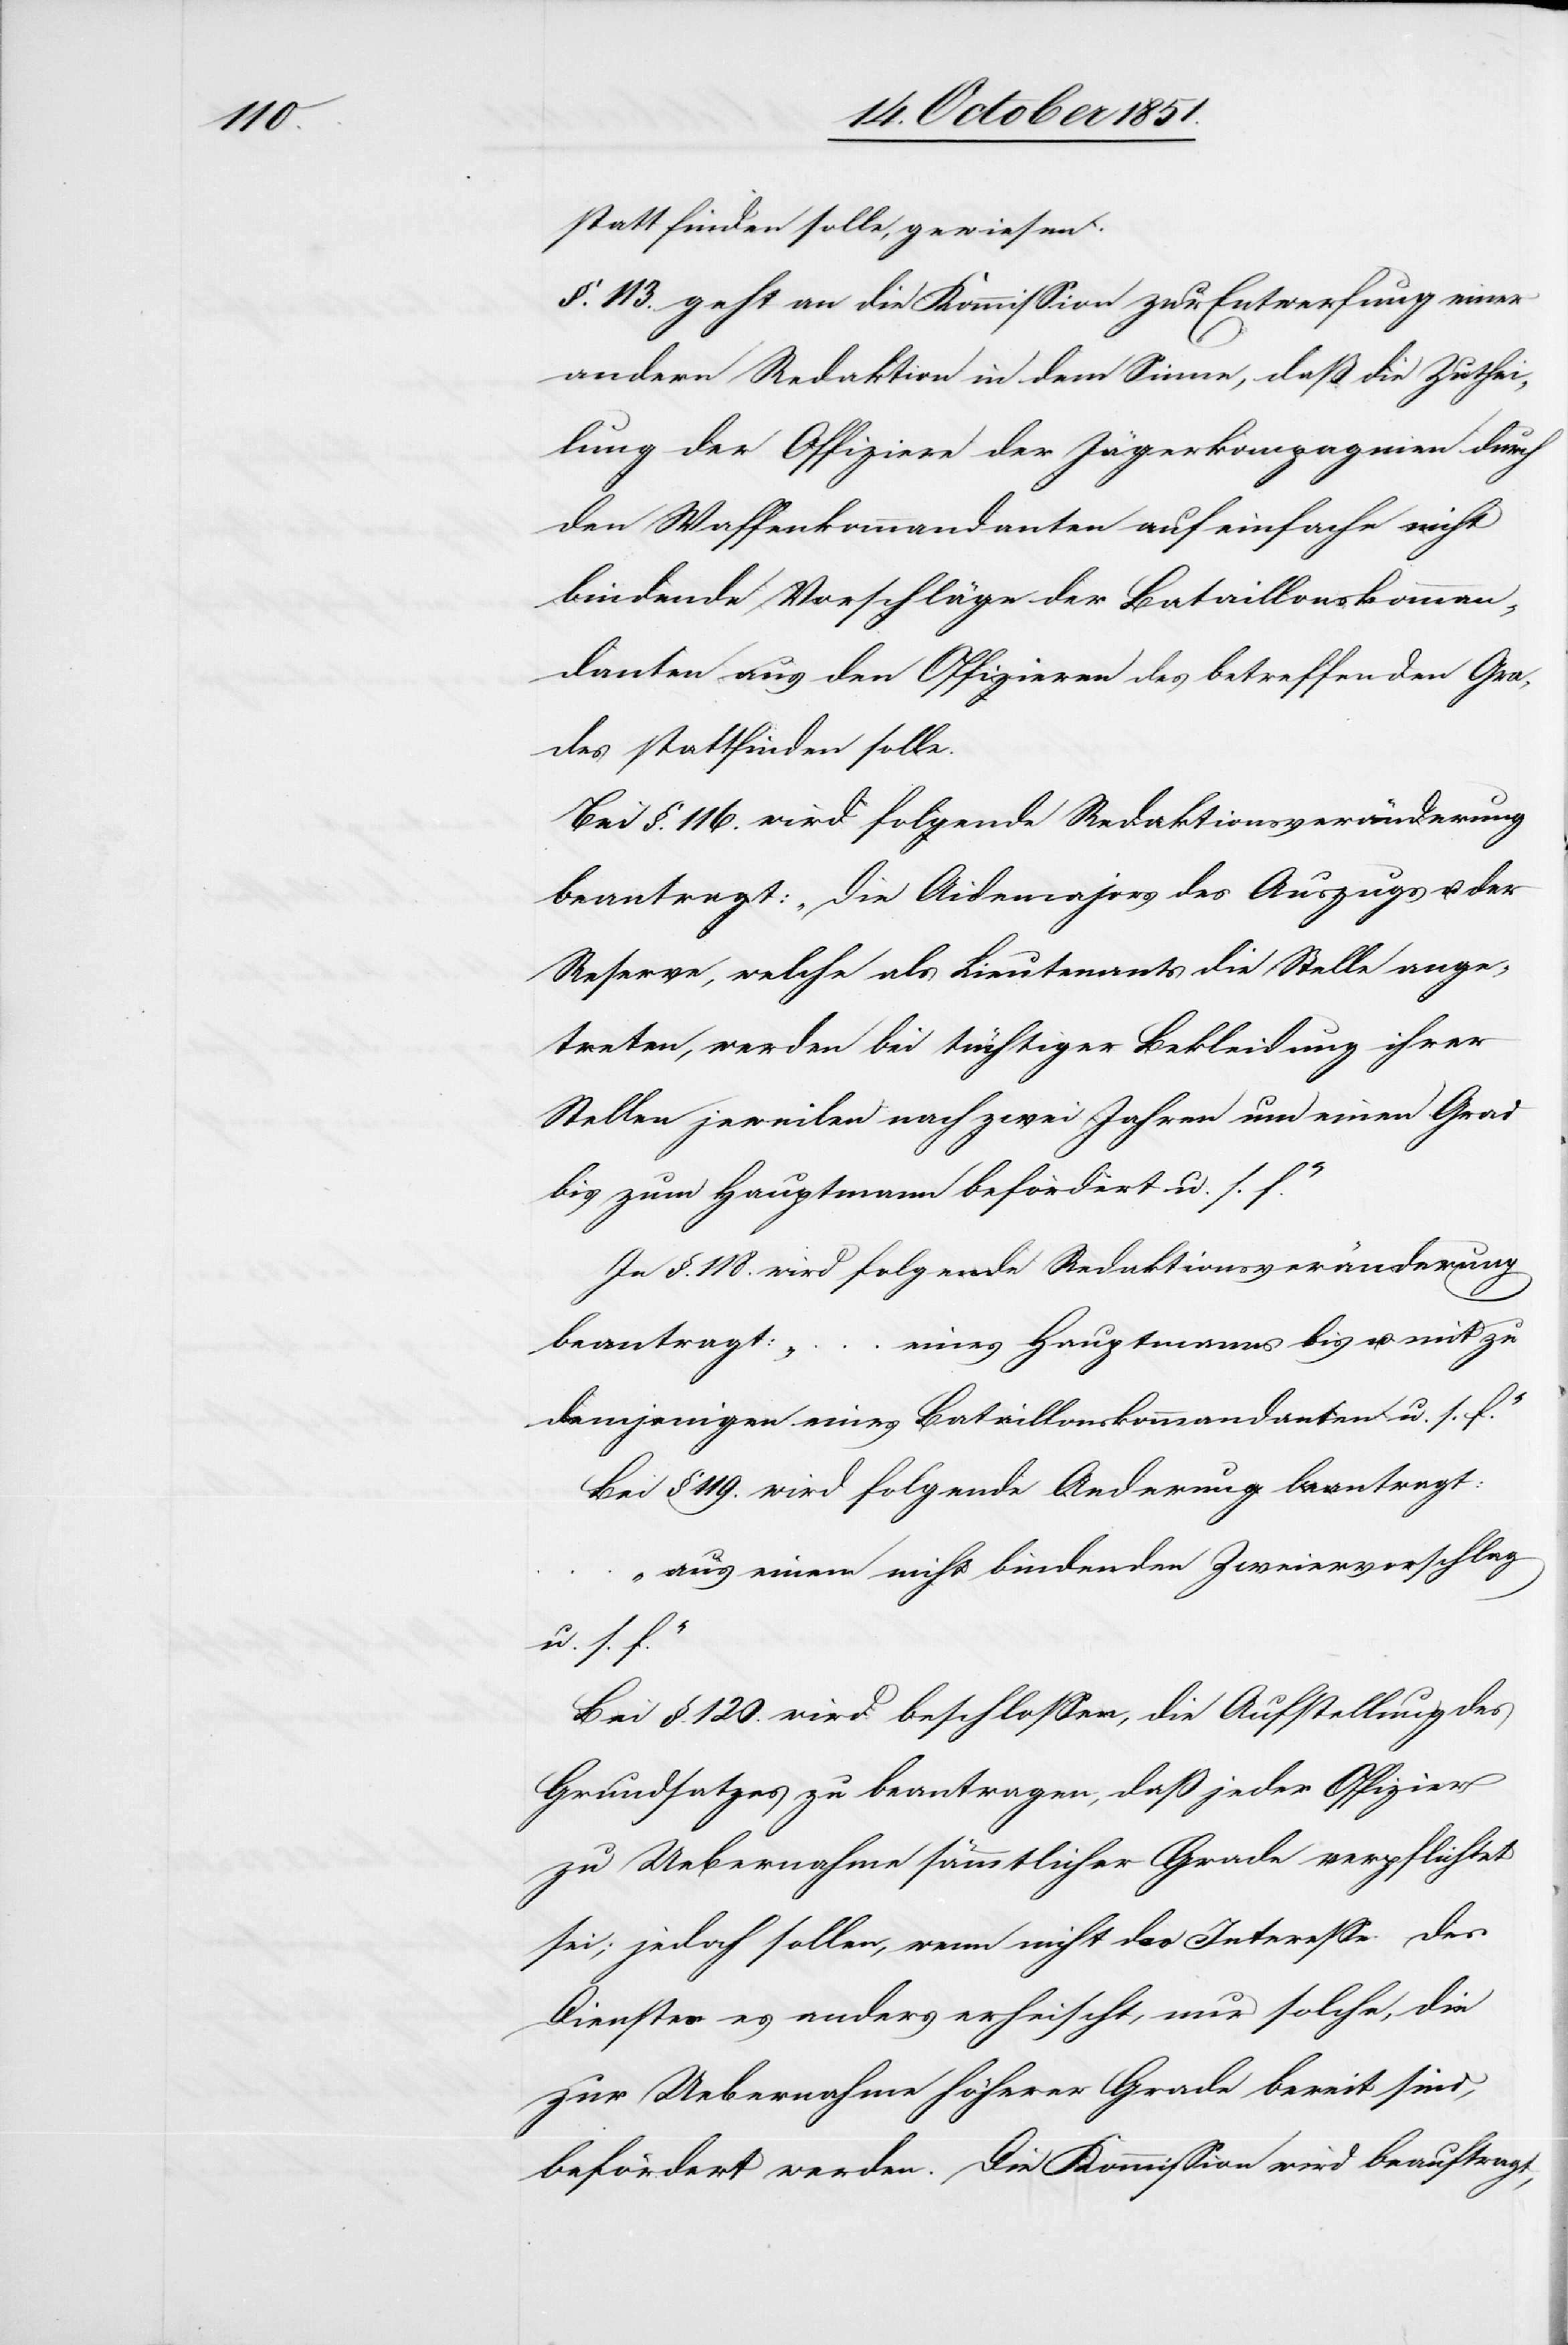
statt finden solle, gewiesen.
§. 113. geht an die Kommission zur Entwerfung einer
andern Redaktion in dem Sinne, daß die Zuthei¬
lung der Offiziere der Jägerkompagnien durch
den Waffenkommandanten auf einfache nicht
bindende Vorschläge der Bataillonskomman¬
danten aus den Offizieren des betreffenden Gra¬
des stattfinden solle.
Bei §. 116. wird folgende Redaktionsveränderung
beantragt: „Die Aidemajors des Auszugs u. der
Reserve, welche als Lieutenants die Stelle ange¬
treten, werden bei tüchtiger Bekleidung ihrer
Stellen jeweilen nach zwei Jahren um einen Grad
bis zum Hauptmann befördert u. s. f.“
In §. 118. wird folgende Redaktionsveränderung
eines Hauptmanns bis u. mit zu
beantragt:
demjenigen eines Bataillonskommandanten u. s. f.“
Bei § 119. wird folgende A[e]nderung beantragt:
„aus einem nicht bindenden Zweiervorschlag
u. s. f.“
Bei §. 120. wird beschlossen, die Aufstellung des
Grundsatzes zu beantragen, daß jeder Offizier
zu Uebernahme sämmtlicher Grade verpflichtet
sei; jedoch sollen, wenn nicht das Interesse des
Dienstes es anders erheischt, nur solche, die
zur Uebernahme höherer Grade bereit sind,
befördert werden. Die Kommission wird beauftragt,